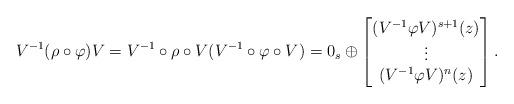
LaTeX: \begin{align*} V^{-1}(\rho\circ \varphi) V=V^{-1}\circ\rho\circ V( V^{-1}\circ \varphi \circ V)=0_s\oplus \begin{bmatrix}(V^{-1}\varphi V)^{s+1}(z) \\\vdots \\(V^{-1}\varphi V)^n(z)\\\end{bmatrix}.\end{align*}